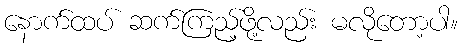
နောက်ထပ် ဆက်ကြည့်ဖို့လည်း မလိုတော့ပါ။